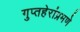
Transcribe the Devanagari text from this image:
गुप्तहेरांप्रमणे